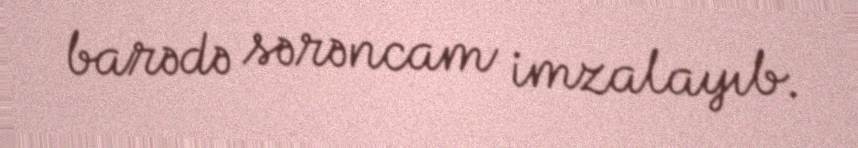
barədə sərəncam imzalayıb.